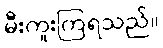
မီးကူးကြရသည်။